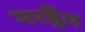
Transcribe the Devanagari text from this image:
मरहूँम